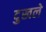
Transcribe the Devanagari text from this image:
दुखले